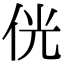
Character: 侊